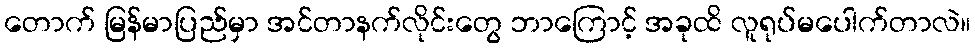
တောက် မြန်မာပြည်မှာ အင်တာနက်လိုင်းတွေ ဘာကြောင့် အခုထိ လူရုပ်မပေါက်တာလဲ။